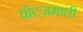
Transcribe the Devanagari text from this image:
पोटजमाती